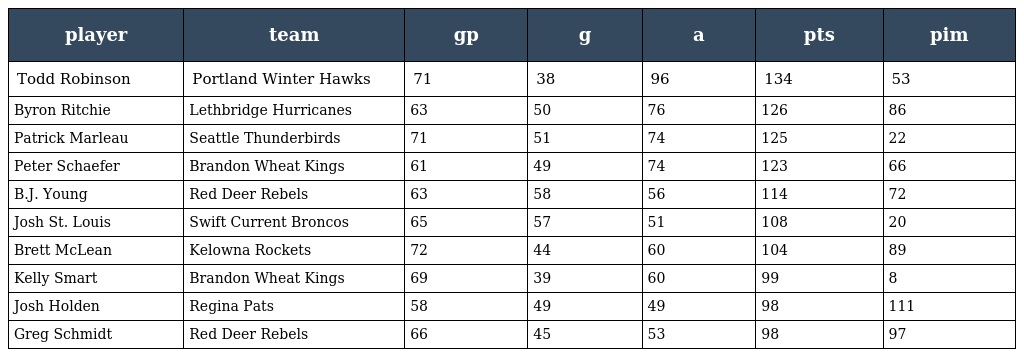
| player | team | gp | g | a | pts | pim |
 | --- | --- | --- | --- | --- | --- | --- |
 | Todd Robinson | Portland Winter Hawks | 71 | 38 | 96 | 134 | 53 |
 | Byron Ritchie | Lethbridge Hurricanes | 63 | 50 | 76 | 126 | 86 |
 | Patrick Marleau | Seattle Thunderbirds | 71 | 51 | 74 | 125 | 22 |
 | Peter Schaefer | Brandon Wheat Kings | 61 | 49 | 74 | 123 | 66 |
 | B.J. Young | Red Deer Rebels | 63 | 58 | 56 | 114 | 72 |
 | Josh St. Louis | Swift Current Broncos | 65 | 57 | 51 | 108 | 20 |
 | Brett McLean | Kelowna Rockets | 72 | 44 | 60 | 104 | 89 |
 | Kelly Smart | Brandon Wheat Kings | 69 | 39 | 60 | 99 | 8 |
 | Josh Holden | Regina Pats | 58 | 49 | 49 | 98 | 111 |
 | Greg Schmidt | Red Deer Rebels | 66 | 45 | 53 | 98 | 97 |